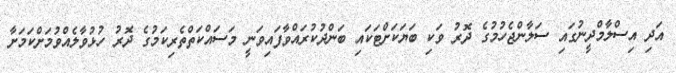
އަދި އިސްލާމްދީނުގައި ސަލާންޖެހުމުގެ ދޮރު ވަކި ބަޔަކަށްޓަކައި ބަންދުކުރައްވާފައިވަނީ މަސައްކަތްތެރިކަމުގެ ދޮރު ހުޅުވާލެއްވުމަށްކަމަށާ